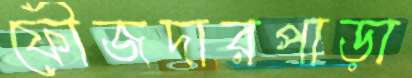
ফৌজদারপাড়া